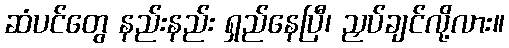
ဆံပင်တွေ နည်းနည်း ရှည်နေပြီ၊ ညှပ်ချင်လို့လား။